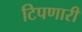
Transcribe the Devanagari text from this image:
टिपणारी